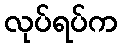
လုပ်ရပ်က